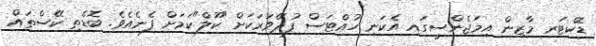
ޑޮކްޓަރ މާޒިން އިމަޖެންސީގައި އެކަނި ހުއްޓަސް ފުދޭވަރަކަށް "ކޫލް"ކަމަށް ފެނެއެވެ. ބޮޑެތި ކޭސްތައް